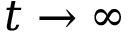
t \to \infty